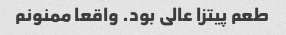
طعم پیتزا عالی بود. واقعا ممنونم